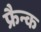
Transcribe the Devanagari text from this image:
फ्रैन्क